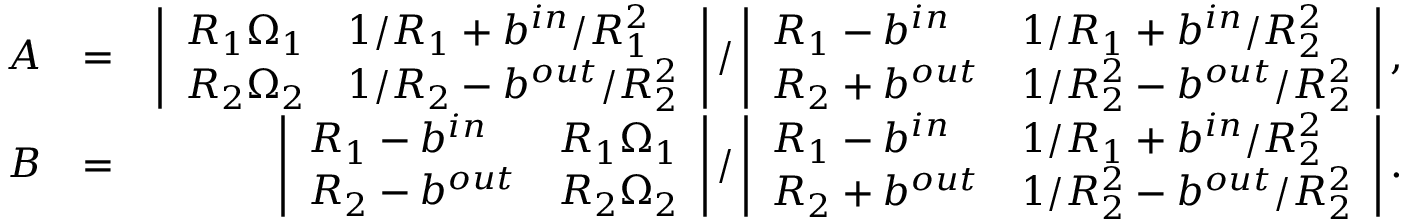
\begin{array} { r l r } { A } & { = } & { \left| \begin{array} { l l } { R _ { 1 } \Omega _ { 1 } } & { 1 / R _ { 1 } + b ^ { i n } / R _ { 1 } ^ { 2 } } \\ { R _ { 2 } \Omega _ { 2 } } & { 1 / R _ { 2 } - b ^ { o u t } / R _ { 2 } ^ { 2 } } \end{array} \right| / \left| \begin{array} { l l } { R _ { 1 } - b ^ { i n } } & { 1 / R _ { 1 } + b ^ { i n } / R _ { 2 } ^ { 2 } } \\ { R _ { 2 } + b ^ { o u t } } & { 1 / R _ { 2 } ^ { 2 } - b ^ { o u t } / R _ { 2 } ^ { 2 } } \end{array} \right| , } \\ { B } & { = } & { \left| \begin{array} { l l } { R _ { 1 } - b ^ { i n } } & { R _ { 1 } \Omega _ { 1 } } \\ { R _ { 2 } - b ^ { o u t } } & { R _ { 2 } \Omega _ { 2 } } \end{array} \right| / \left| \begin{array} { l l } { R _ { 1 } - b ^ { i n } } & { 1 / R _ { 1 } + b ^ { i n } / R _ { 2 } ^ { 2 } } \\ { R _ { 2 } + b ^ { o u t } } & { 1 / R _ { 2 } ^ { 2 } - b ^ { o u t } / R _ { 2 } ^ { 2 } } \end{array} \right| . } \end{array}